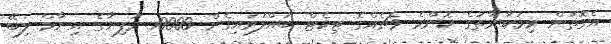
އެގޮތުން މިމުބާރާތުގެ ކޮންމެ މެޗެއްގެ ޓިކެޓް ބައްލަވައިގެން 10000 ރުފިޔާގެ އިނާމް ލިބޭ